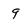
Character: 9